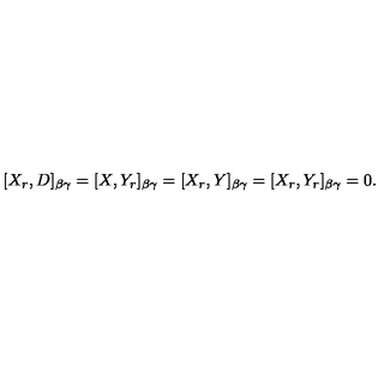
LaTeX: [ X _ { r } , D ] _ { \beta \gamma } = [ X , Y _ { r } ] _ { \beta \gamma } = [ X _ { r } , Y ] _ { \beta \gamma } = [ X _ { r } , Y _ { r } ] _ { \beta \gamma } = 0 .